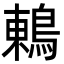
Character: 鶇